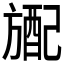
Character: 𬀎